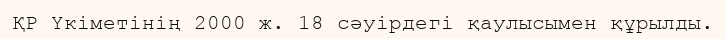
ҚР Үкіметінің 2000 ж. 18 сәуірдегі қаулысымен құрылды.